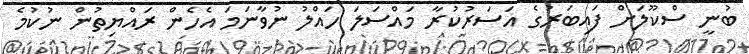
ބުނީ ސްކޫލަށް ފައިބަރުގެ އަސަރުކުރާ މައްސަލަ ހައްލު ނުވާނަމަ އެހެން ރައްޔިތުން ނުކުމެ